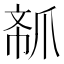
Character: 𱬽